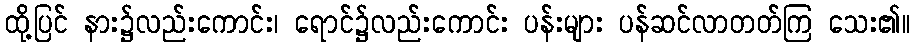
ထို့ပြင် နား၌လည်းကောင်း၊ ရောင်၌လည်းကောင်း ပန်းများ ပန်ဆင်လာတတ်ကြ သေး၏။